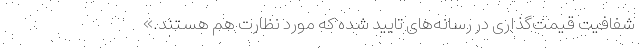
شفافیت قیمت‌گذاری در رسانه‌های تایید شده که مورد نظارت هم هستند.»